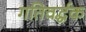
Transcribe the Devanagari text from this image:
गतिवर्द्धक